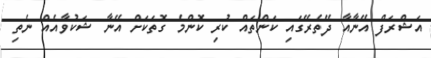
އަޝްރަފް އޭނާއާ ދޭތެރޭގައި ކަންތައް ކުރި ކޮންމެ ގޮތަކަށް އޭނާ ޝަކުވާއެއް ނެތި